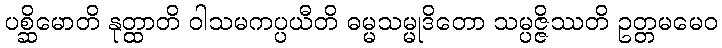
ပစ္ဆိမောတိ နုတ္ထာတိ ဝါသမကပ္ပယီတိ ဓမ္မသမ္မုဒိတော သမ္ပဇ္ဇိဿတိ ဥတ္တမမေဝ